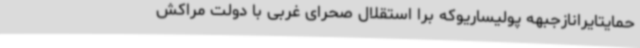
حمایتایرانازجبهه پولیساریوکه برا استقلال صحرای غربی با دولت مراکش